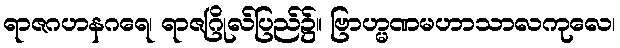
ရာဇဂဟနဂရေ၊ ရာဇဂြိုလ်ပြည်၌။ ဗြာဟ္မဏမဟာသာလကုလေ၊